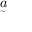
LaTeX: \underset { ^ { \sim } } { a }